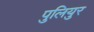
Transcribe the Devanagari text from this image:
पुलियुर